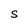
Character: S